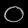
Digit: ၀